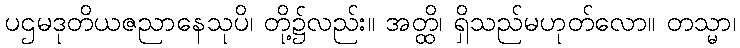
ပဌမဒုတိယဇညာနေသုပိ၊ တို့၌လည်း။ အတ္ထိ၊ ရှိသည်မဟုတ်လော။ တသ္မာ၊